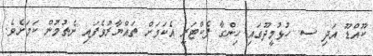
ކޫއްޑޫ އަދި ސ. ހުޅުމީދޫގައި ހިންގާ ފެކްޓަރީ އެކަމަށް ތައްޔާރުވެފައި ނެތުމުން ކަމަށެވެ.